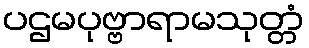
ပဌမပုဗ္ဗာရာမသုတ္တံ